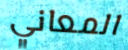
المعاني